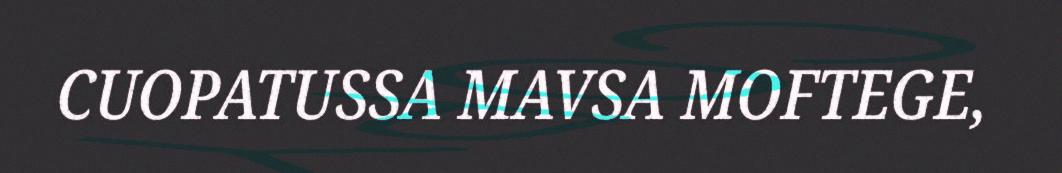
CUOPATUSSA MAVSA MOFTEGE,